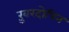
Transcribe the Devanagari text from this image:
ख़ुरदोपिन